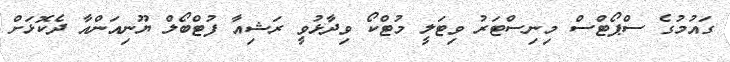
ގައުމުގެ ސްޕޯޓްސް މިނިސްޓަރު ވިޓަލީ މުޓްކޯ ވިދާޅުވީ ރަޝިއާ ފުޓްބޯލް ޔޫނިއަންއާ ދެކޮޅަށް